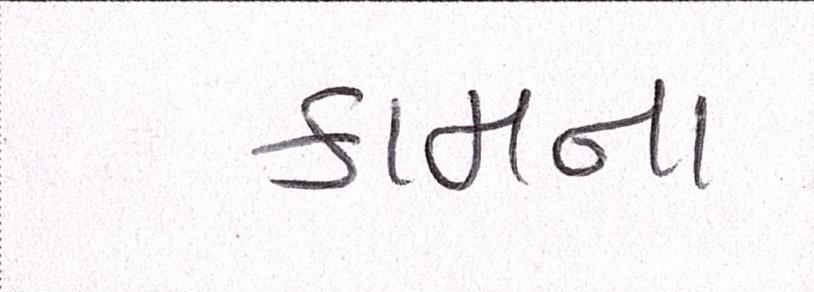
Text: કામના